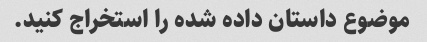
موضوع داستان داده شده را استخراج کنید.